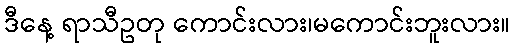
ဒီနေ့ ရာသီဥတု ကောင်းလား၊မကောင်းဘူးလား။